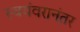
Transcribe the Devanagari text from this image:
स्वयंवरानंतर